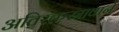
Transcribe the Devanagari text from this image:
अतिरक्तस्रावाने